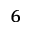
^ { 6 }